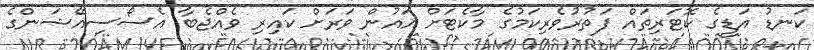
ކަނޑު އަޑީގެ ކޮޓަރިތައް ފަތުރުވެރިކަމުގެ މާކެޓަށް އައުން ވަރަށް ކައިރި ވެއްޖެބާ އެސޯސިއޭޝަންގެ